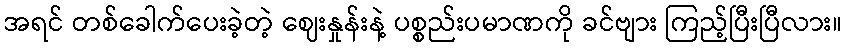
အရင် တစ်ခေါက်ပေးခဲ့တဲ့ ဈေးနှုန်းနဲ့ ပစ္စည်းပမာဏကို ခင်ဗျား ကြည့်ပြီးပြီလား။